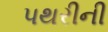
પથરીની